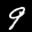
Label: 9